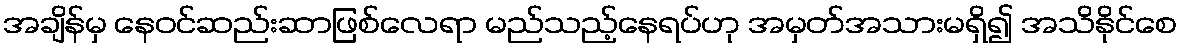
အချိန်မှ နေဝင်ဆည်းဆာဖြစ်လေရာ မည်သည့်နေရပ်ဟု အမှတ်အသားမရှိ၍ အသိနိုင်စေ